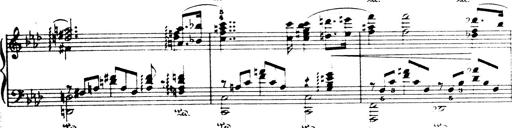
Title: Wagner-Liszt Album
Composer: Franz Liszt